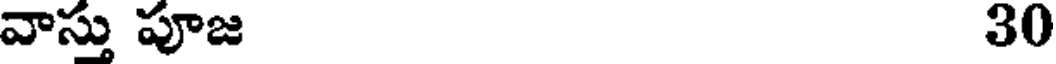
వాస్తు పూజ 30